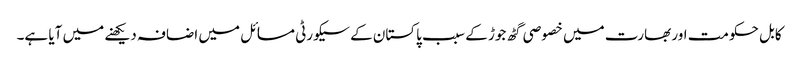
کابل حکومت اور بھارت میں خصوصی گٹھ جوڑ کے سبب پاکستان کے سیکورٹی مسائل میں اضافہ دیکھنے میں آیا ہے۔